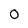
Character: 0